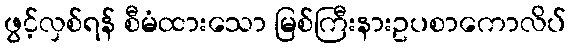
ဖွင့်လှစ်ရန် စီမံထားသော မြစ်ကြီးနားဥပစာကောလိပ်